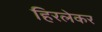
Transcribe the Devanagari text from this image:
हिरलेकर